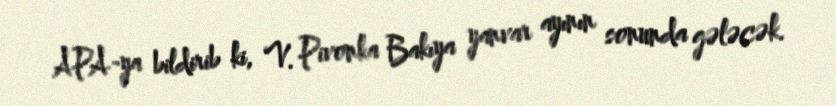
APA-ya bildirib ki, V. Pivonka Bakıya yanvar ayının sonunda gələcək.